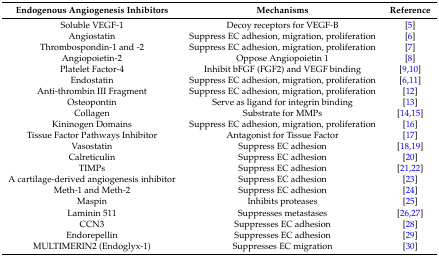
<table><thead><tr><td><b>Endogenous Angiogenesis Inhibitors</b></td><td><b>Mechanisms</b></td><td><b>Reference</b></td></tr></thead><tbody><tr><td>Soluble VEGF-1</td><td>Decoy receptors for VEGF-B</td><td>[5]</td></tr><tr><td>Angiostatin</td><td>Suppress EC adhesion, migration, proliferation</td><td>[6]</td></tr><tr><td>Thrombospondin-1 and -2</td><td>Suppress EC adhesion, migration, proliferation</td><td>[7]</td></tr><tr><td>Angiopoietin-2</td><td>Oppose Angiopoietin 1</td><td>[8]</td></tr><tr><td>Platelet Factor-4</td><td>Inhibit bFGF (FGF2) and VEGF binding</td><td>[9,10]</td></tr><tr><td>Endostatin</td><td>Suppress EC adhesion, migration, proliferation</td><td>[6,11]</td></tr><tr><td>Anti-thrombin III Fragment</td><td>Suppress EC adhesion, migration, proliferation</td><td>[12]</td></tr><tr><td>Osteopontin</td><td>Serve as ligand for integrin binding</td><td>[13]</td></tr><tr><td>Collagen</td><td>Substrate for MMPs</td><td>[14,15]</td></tr><tr><td>Kininogen Domains</td><td>Suppress EC adhesion, migration, proliferation</td><td>[16]</td></tr><tr><td>Tissue Factor Pathways Inhibitor</td><td>Antagonist for Tissue Factor</td><td>[17]</td></tr><tr><td>Vasostatin</td><td>Suppress EC adhesion</td><td>[18,19]</td></tr><tr><td>Calreticulin</td><td>Suppress EC adhesion</td><td>[20]</td></tr><tr><td>TIMPs</td><td>Suppress EC adhesion</td><td>[21,22]</td></tr><tr><td>A cartilage-derived angiogenesis inhibitor</td><td>Suppress EC adhesion</td><td>[23]</td></tr><tr><td>Meth-1 and Meth-2</td><td>Suppress EC adhesion</td><td>[24]</td></tr><tr><td>Maspin</td><td>Inhibits proteases</td><td>[25]</td></tr><tr><td>Laminin 511</td><td>Suppresses metastases</td><td>[26,27]</td></tr><tr><td>CCN3</td><td>Suppresses EC adhesion</td><td>[28]</td></tr><tr><td>Endorepellin</td><td>Suppresses EC adhesion</td><td>[29]</td></tr><tr><td>MULTIMERIN2 (Endoglyx-1)</td><td>Suppresses EC migration</td><td>[30]</td></tr></tbody></table>